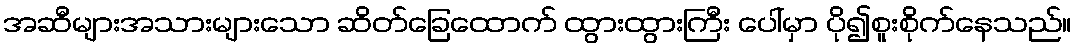
အဆီများအသားများသော ဆိတ်ခြေထောက် ထွားထွားကြီး ပေါ်မှာ ပို၍စူးစိုက်နေသည်။